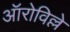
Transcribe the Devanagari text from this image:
ऑरोविल्ले